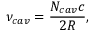
\nu _ { c a v } = \frac { N _ { c a v } c } { 2 R } ,